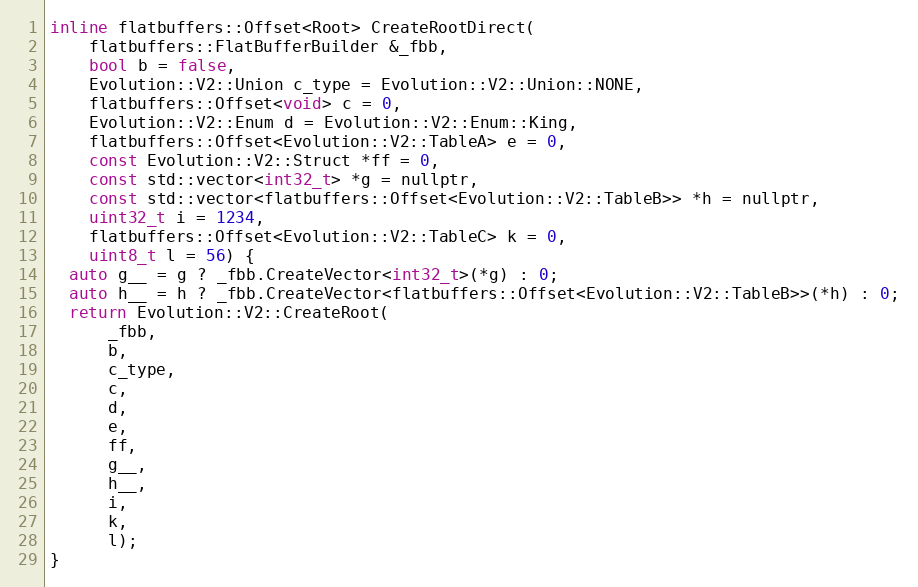
Language: C
inline flatbuffers::Offset<Root> CreateRootDirect(
    flatbuffers::FlatBufferBuilder &_fbb,
    bool b = false,
    Evolution::V2::Union c_type = Evolution::V2::Union::NONE,
    flatbuffers::Offset<void> c = 0,
    Evolution::V2::Enum d = Evolution::V2::Enum::King,
    flatbuffers::Offset<Evolution::V2::TableA> e = 0,
    const Evolution::V2::Struct *ff = 0,
    const std::vector<int32_t> *g = nullptr,
    const std::vector<flatbuffers::Offset<Evolution::V2::TableB>> *h = nullptr,
    uint32_t i = 1234,
    flatbuffers::Offset<Evolution::V2::TableC> k = 0,
    uint8_t l = 56) {
  auto g__ = g ? _fbb.CreateVector<int32_t>(*g) : 0;
  auto h__ = h ? _fbb.CreateVector<flatbuffers::Offset<Evolution::V2::TableB>>(*h) : 0;
  return Evolution::V2::CreateRoot(
      _fbb,
      b,
      c_type,
      c,
      d,
      e,
      ff,
      g__,
      h__,
      i,
      k,
      l);
}